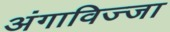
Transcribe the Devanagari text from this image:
अंगाविज्जा